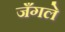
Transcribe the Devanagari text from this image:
जँगले